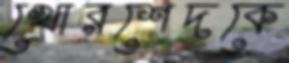
খোরশেদকে